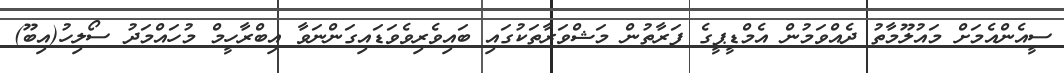
ސީއެންއެމަށް މައުލޫމާތު ދެއްވަމުން އެމްޑީޕީގެ ފަރާތުން މަޝްވަރާތަކުގައި ބައިވެރިވެވަޑައިގަންނަވާ އިބްރާހީމް މުހައްމަދު ސޯލިހު(އިބޫ)